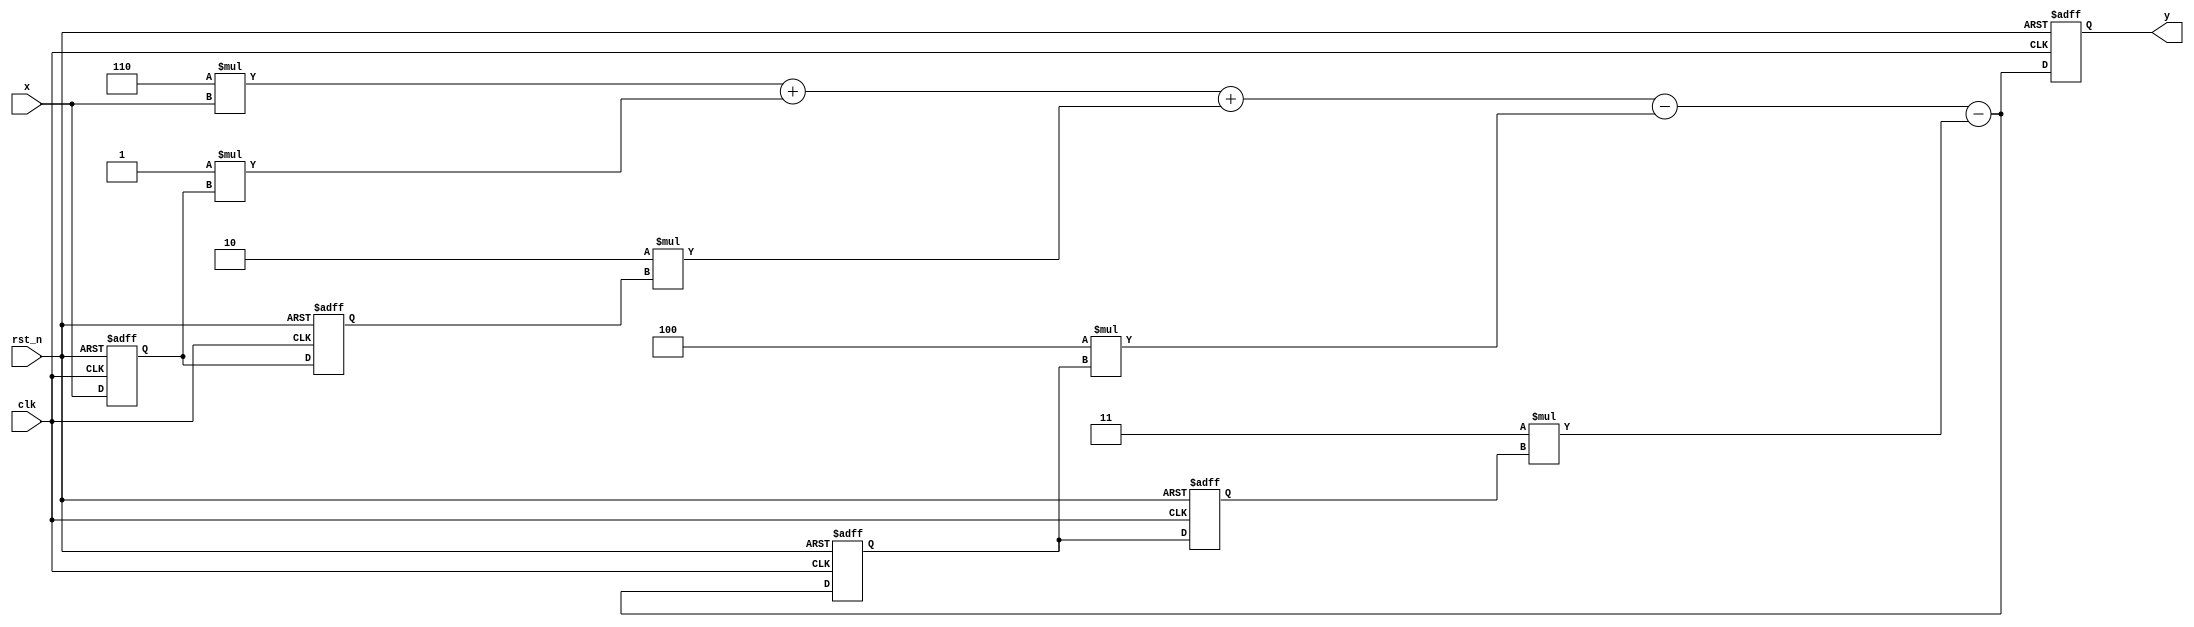
`timescale 1ns / 1ps
//////////////////////////////////////////////////////////////////////////////////
// Company: 
// Engineer: 
// 
// Design Name: 
// Module Name: iir
// Project Name: 
// Target Devices: 
// Tool Versions: 
// Description: 
// 
// Dependencies: 
// 
// Revision:
// Revision 0.01 - File Created
// Additional Comments:
// 
//////////////////////////////////////////////////////////////////////////////////


module iir(
    input clk,
    input rst_n,
    input [31:0] x,
    output reg [31:0] y
    );
    
// Declaration Part
parameter [31:0] a1 = 32'd4;
parameter [31:0] a2 = 32'd3;

parameter [31:0] b0 = 32'd6;
parameter [31:0] b1 = 32'd1;
parameter [31:0] b2 = 32'd2;

reg [31:0] xn1 = 32'd0, xn2 = 32'd0, yn1 = 32'd0, yn2 = 32'd0;

always @(posedge clk or negedge rst_n)
begin
    if(!rst_n)
    begin
        xn1 <= 32'd0;
        xn2 <= 32'd0;
        yn1 <= 32'd0;
        yn2 <= 32'd0;
        y <= 32'd0;
    end
    else
    begin
        xn2 <= xn1;
        xn1 <= x;
        yn2 <= yn1;
        y <= b0 * x + b1 * xn1 + b2 * xn2 - a1 * yn1 - a2 * yn2;
        yn1 <= b0 * x + b1 * xn1 + b2 * xn2 - a1 * yn1 - a2 * yn2;
    end
end

endmodule